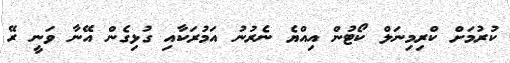
ކުރުމަށް ކްރިމިނަލް ކޯޓުން އިއްޔެ ނެރުނު އަމުރަކާއި ގުޅިގެން އޭނާ ވަނީ ރޭ